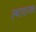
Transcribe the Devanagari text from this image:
स्थावरक